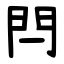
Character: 閂